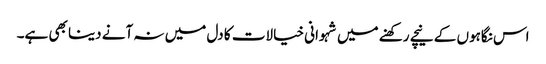
اس نگاہوں کے نیچے رکھنے میں شہوانی خیالات کا دل میں نہ آنے دینا بھی ہے۔